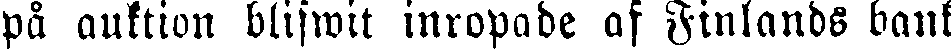
pä auktion blifwit inropade af Finlands bank